Indian journal of veterinary science and animal husbandry - Volume 1,
Year: 1931
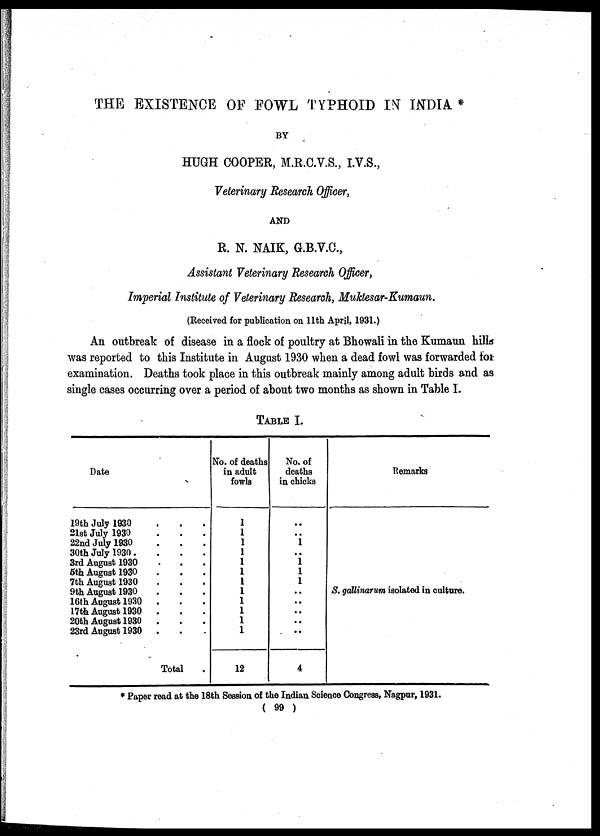
THE EXISTENCE OF FOWL TYPHOID IN INDIA *
BY
HUGH COOPER, M.R.C.V.S., I.V.S.,
Veterinary Research Officer,
AND
R. N. NAIK, G.B.V.C.,
Assistant Veterinary Research Officer,
Imperial Institute of Veterinary Research, Muktesar-Kumaun.
(Received for publication on 11th April, 1931.)
An outbreak of disease in a flock of poultry at Bhowali in the Kumaun hills
was reported to this Institute in August 1930 when a dead fowl was forwarded for
examination. Deaths took place in this outbreak mainly among adult birds and as
single cases occurring over a period of about two months as shown in Table I.
TABLE I.
Date
19th July 1930
21st July 1930
22nd July 1930
30th July 1930
3rd August 1930
5th August 1930
7th August 1930
9th August 1930
16th August 1930
17th August 1930
20th August 1930
23rd August 1930
.
.
.
.
.
.
.
.
.
.
.
.
..
..
..
..
..
..
..
..
..
..
..
..
Total
No. of deaths
in adult
fowls
1
1
1
1
1
1
1
1
1
1
1
1
12
No. of
deaths
in chicks
..
..
1
..
1
1
1
..
..
..
..
..
4
Remarks
S. gallinarum isolated in culture.
* Paper read at the 18th Session of the Indian Science Congress, Nagpur, 1931.
( 99 )